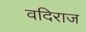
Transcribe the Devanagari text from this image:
वदिराज